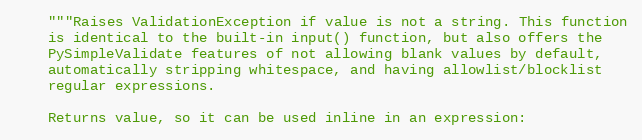
Language: Python
    """Raises ValidationException if value is not a string. This function
    is identical to the built-in input() function, but also offers the
    PySimpleValidate features of not allowing blank values by default,
    automatically stripping whitespace, and having allowlist/blocklist
    regular expressions.

    Returns value, so it can be used inline in an expression: